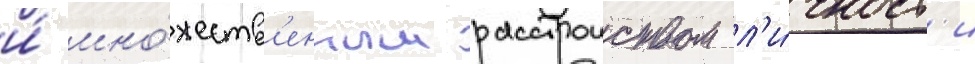
и́ мно́жеств'енным расстроиством л'и́чност'и